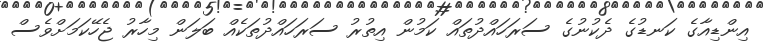
އިންޑިއާގެ ކަނޑުގެ ދެކުނުގެ ސަރަހައްދުތައް ކަމުން އިތުރު ސަރަހައްދުތަކެއް ބަލަން މިހާރު ޖެހޭކަމަށްވެސް